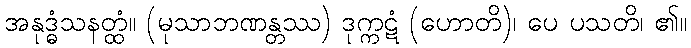
အနုဒ္ဓံသနတ္ထံ။ (မုသာဘဏန္တဿ) ဒုက္ကဋံ (ဟောတိ)၊ ပေ ပသတိ၊ ၏။